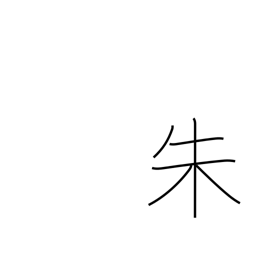
Meaning: scarlet